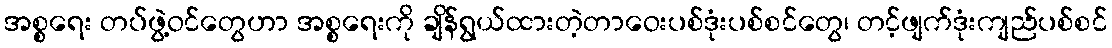
အစ္စရေး တပ်ဖွဲ့ဝင်တွေဟာ အစ္စရေးကို ချိန်ရွယ်ထားတဲ့တာဝေးပစ်ဒုံးပစ်စင်တွေ၊ တင့်ဖျက်ဒုံးကျည်ပစ်စင်